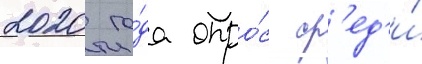
2020 го́да опро́с ср'ед'и́